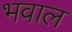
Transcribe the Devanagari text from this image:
भवाल